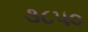
૩૮૫૦